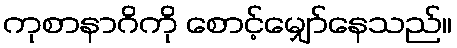
ကုစာနာဂိကို စောင့်မျှော်နေသည်။